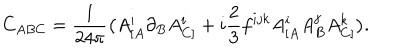
C _ { A B C } = \frac { 1 } { 2 4 \pi } \big ( A _ { [ A } ^ { i } \partial _ { B } A _ { C ] } ^ { i } + i \frac { 2 } { 3 } f ^ { i j k } A _ { [ A } ^ { i } A _ { B } ^ { j } A _ { C ] } ^ { k } \big ) .